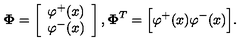
{ \bf \Phi } = \left[ \begin{array} { c } { \varphi ^ { + } ( x ) } \\ { \varphi ^ { - } ( x ) } \\ \end{array} \right] , { \bf \Phi } ^ { T } = \Big [ \varphi ^ { + } ( x ) \varphi ^ { - } ( x ) \Big ] .